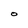
Character: 0